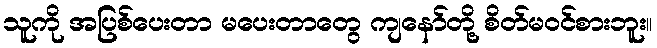
သူကို အပြစ်ပေးတာ မပေးတာတွေ ကျနော်တို့ စိတ်မဝင်စားဘူး။